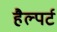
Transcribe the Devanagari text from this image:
हैल्पर्ट